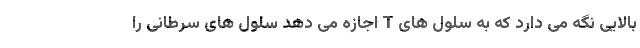
بالایی نگه می دارد که به سلول های T اجازه می دهد سلول های سرطانی را